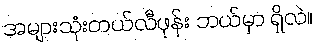
အများသုံးတယ်လီဖုန်း ဘယ်မှာ ရှိလဲ။